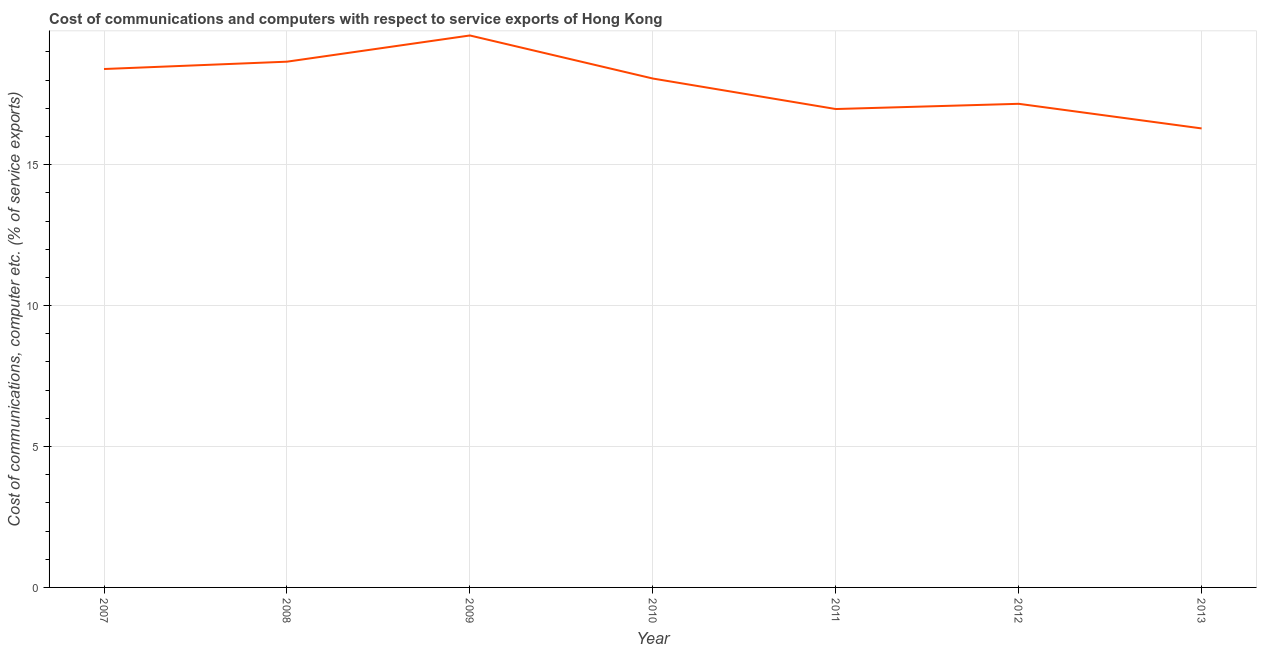
| Year | Communications |
 | --- | --- |
 | 2007 | 18.4 |
 | 2008 | 18.7 |
 | 2009 | 19.6 |
 | 2010 | 18.1 |
 | 2011 | 17 |
 | 2012 | 17.2 |
 | 2013 | 16.3 |